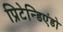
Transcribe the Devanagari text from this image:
प्रिटेन्डिएंडो